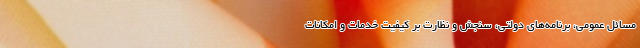
مسائل عمومي، برنامه‌هاي دولتي، سنجش و نظارت بر كيفيت خدمات و امكانات